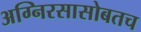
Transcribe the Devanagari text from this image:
अग्निरसासोबतच